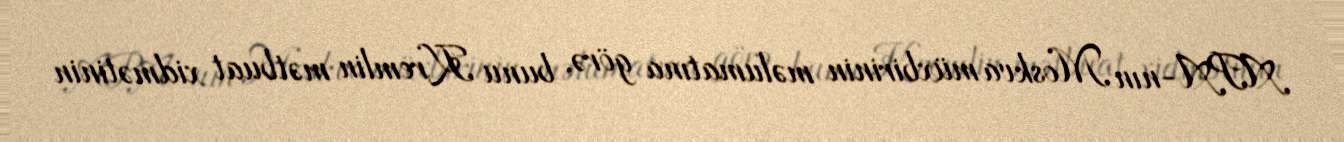
APA-nın Moskva müxbirinin məlumatına görə, bunu Kremlin mətbuat xidmətinin